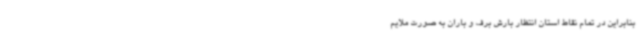
بنابراین در تمام نقاط استان انتظار بارش برف و باران به صورت ملایم